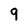
Character: q